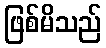
ဖြစ်မိသည်